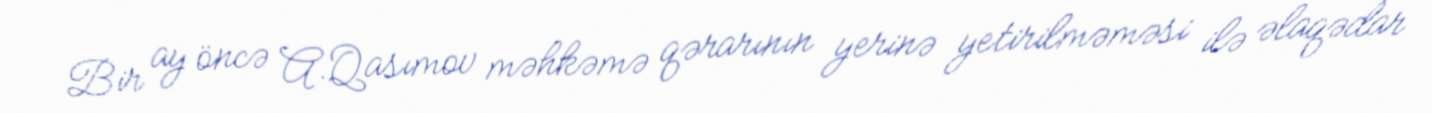
Bir ay öncə A.Qasımov məhkəmə qərarının yerinə yetirilməməsi ilə əlaqədar